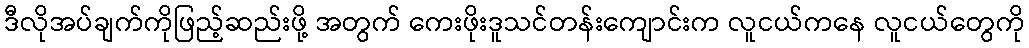
ဒီလိုအပ်ချက်ကိုဖြည့်ဆည်းဖို့ အတွက် ကေးဖိုးဒူသင်တန်းကျောင်းက လူငယ်ကနေ လူငယ်တွေကို